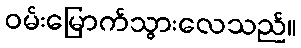
ဝမ်းမြောက်သွားလေသည်။